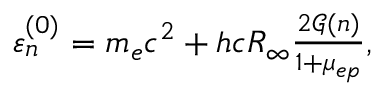
\begin{array} { r } { \varepsilon _ { n } ^ { ( 0 ) } = m _ { e } c ^ { 2 } + h c R _ { \infty } \frac { 2 \mathcal { G } ( n ) } { 1 + \mu _ { e p } } , } \end{array}